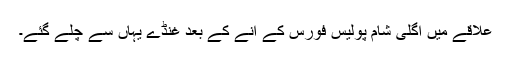
علاقے میں اگلی شام پولیس فورس کے آنے کے بعد غنڈے یہاں سے چلے گئے۔